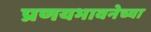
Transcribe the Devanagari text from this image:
प्रणयभावनेच्या